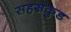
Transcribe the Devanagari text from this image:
सहस्रकुड